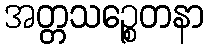
အတ္တသဉ္စေတနာ